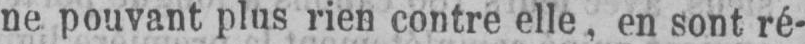
ne pouvant plus rien contre elle, en sont ré-